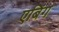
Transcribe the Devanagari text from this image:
एबिंग